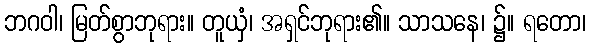
ဘဂဝါ၊ မြတ်စွာဘုရား။ တူယှံ၊ အရှင်ဘုရား၏။ သာသနေ၊ ၌။ ရတော၊